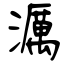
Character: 濿